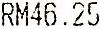
RM46.25